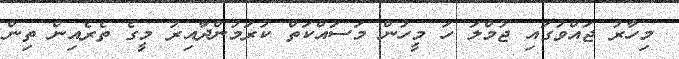
މިހާރު ޖައްވުގައި ޖުމްލަ ހަ މީހުން މަސައްކަތް ކުރަމުންދާއިރު މީގެ ތެރެއިން ތިން